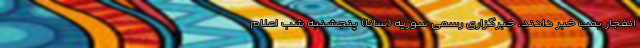
انفجار بمب خبر دادند. خبرگزاری رسمی سوریه (سانا) پنجشنبه شب اعلام